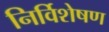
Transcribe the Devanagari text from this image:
निर्विशेषण